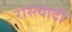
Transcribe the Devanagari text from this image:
रास्त्वादी